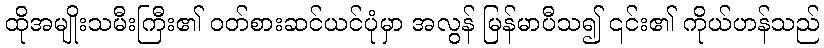
ထိုအမျိုးသမီးကြီး၏ ဝတ်စားဆင်ယင်ပုံမှာ အလွန် မြန်မာပီသ၍ ၎င်း၏ ကိုယ်ဟန်သည်